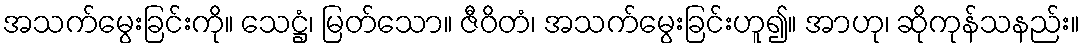
အသက်မွေးခြင်းကို။ သေဋ္ဌံ၊ မြတ်သော။ ဇီဝိတံ၊ အသက်မွေးခြင်းဟူ၍။ အာဟု၊ ဆိုကုန်သနည်း။